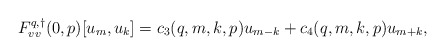
\begin{align*}F^{q,\dagger}_{vv}(0,p)[u_m, u_k] &= c_3(q,m,k,p) u_{m-k} + c_4(q,m,k,p) u_{m+k},\end{align*}